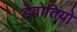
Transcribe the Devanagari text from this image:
डेवोतियो